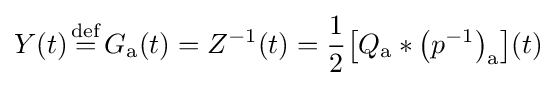
Y(t){\stackrel {\mathrm {def} }{{}={}}}G_{\mathrm {a} }(t)=Z^{-1}(t)={\frac {1}{2}}\!\left[Q_{\mathrm {a} }*\left(p^{-1}\right)_{\mathrm {a} }\right]\!(t)